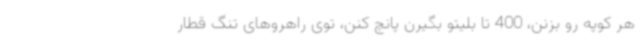
هر کوپه رو بزنن، 400 تا بلیتو بگیرن پانچ کنن، توی راهروهای تنگ قطار